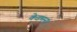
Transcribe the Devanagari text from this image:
केडमन।